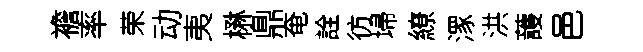
襜率荣动夷楙鼎奄詮彷埽繚潈洪䕶邑